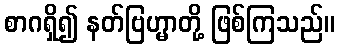
စာဂရှိ၍ နတ်ဗြဟ္မာတို့ ဖြစ်ကြသည်။